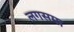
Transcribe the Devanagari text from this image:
लगसमा